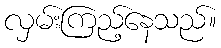
လှမ်းကြည့်နေသည်။